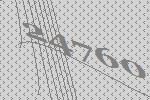
24760